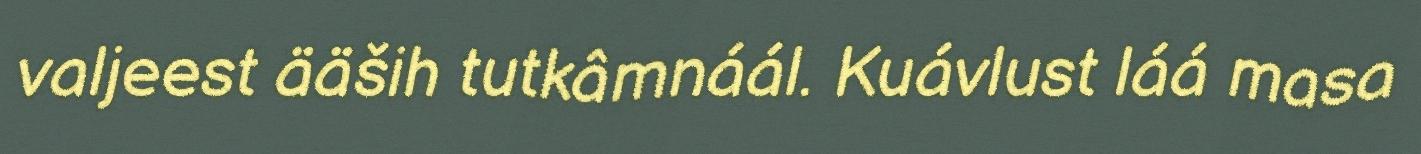
valjeest ääših tutkâmnáál. Kuávlust láá masa